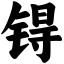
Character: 锝